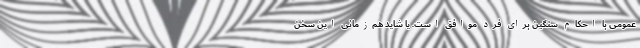
عمومی با احکام سنگین برای فرد موافق است. یا شاید هم‌زمانی این سخن